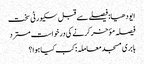
ایودھیا: فیصلے سے قبل سکیورٹی سخت
فیصلہ مؤخر کرنے کی درخواست مسترد
بابری مسجد معاملہ: کب کیا ہوا؟